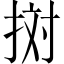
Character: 𢬭